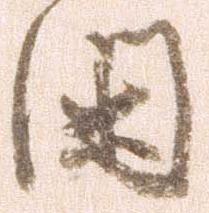
閑